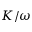
K / \omega